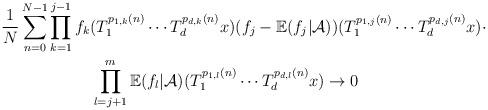
LaTeX: \begin{align*} \frac{1}{N}\sum_{n=0}^{N-1}&\prod_{k=1}^{j-1}f_k(T_{1}^{p_{1,k}(n)}\cdots T_{d}^{p_{d,k}(n)}x)(f_j-\mathbb{E}(f_j|\mathcal{A}))(T_{1}^{p_{1,j}(n)}\cdots T_{d}^{p_{d,j}(n)}x)\cdot\\&\ \ \ \ \ \ \ \ \prod_{l=j+1}^{m}\mathbb{E}(f_{l}|\mathcal{A})(T_{1}^{p_{1,l}(n)}\cdots T_{d}^{p_{d,l}(n)}x)\rightarrow 0 \end{align*}